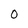
Character: 0